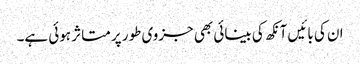
ان کی بائیں آنکھ کی بینائی بھی جزوی طور پر متاثر ہوئی ہے۔